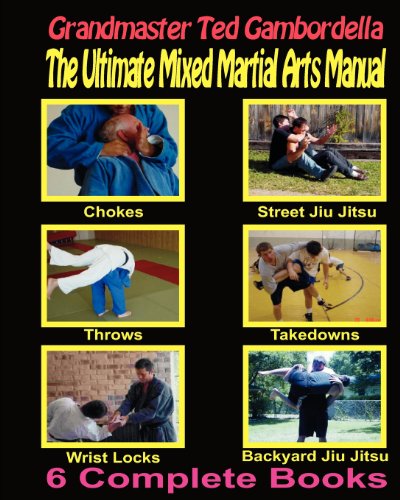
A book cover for The Ultimate Mixed Martial Arts Manual: Chokes,Throws, Take Downs, Wrist Locks, Backyard Jiu Jitsu, Street Jiu Jitsu; Ted Gambordella; Sports & Outdoors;